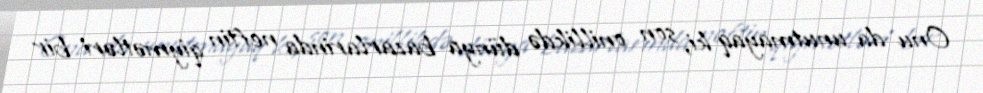
Onu da unutmayaq ki, son onillikdə dünya bazarlarinda neftin qiymətləri bir